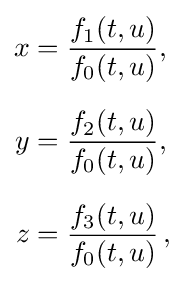
{\begin{aligned}x&={\frac {f_{1}(t,u)}{f_{0}(t,u)}},\\[6pt]y&={\frac {f_{2}(t,u)}{f_{0}(t,u)}},\\[6pt]z&={\frac {f_{3}(t,u)}{f_{0}(t,u)}}\,,\end{aligned}}